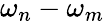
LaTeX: \omega_{n}-\omega_{m}